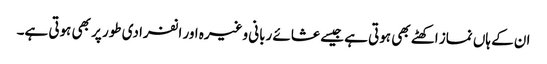
ان کے ہاں نماز اکھٹے بھی ہوتی ہے جیسے عشائے ربانی وغیرہ اور انفرادی طور پر بھی ہوتی ہے۔